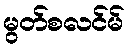
မွတ်စလင်မ်